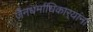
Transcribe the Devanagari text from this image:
जैनधर्माधिकार्‍यांना